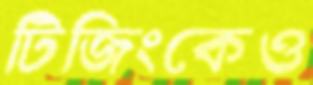
টিজিংকেও